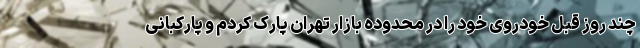
چند روز قبل خودروی خود را در محدوده بازار تهران پارک کردم و پارکبانی